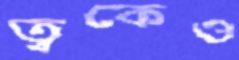
ত্বকেও